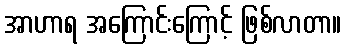
အာဟာရ အကြောင်းကြောင့် ဖြစ်လာတာ။